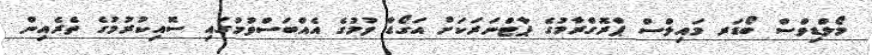
މޯލްޑިވްސް ބޯޑަރ މައިލްސް ޕްރޮގްރާމުގެ ޕާޓްނަރަކަށް އަގޯޑާ ވުމުގެ އެއްބަސްވުމުގައި ސޮއިކުރުމުގެ ތެރެއިން